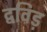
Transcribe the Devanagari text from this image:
द्वविड़